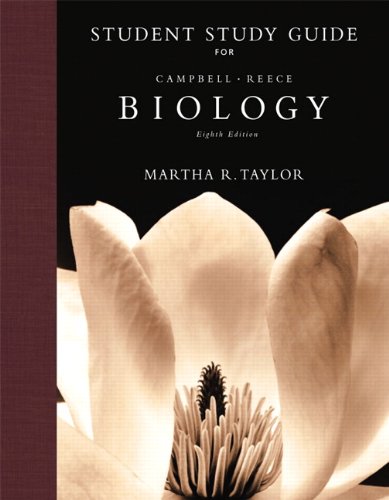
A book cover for Student Study Guide for Biology; Neil A. Campbell; History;